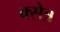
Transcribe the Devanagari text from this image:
क्सेत्र